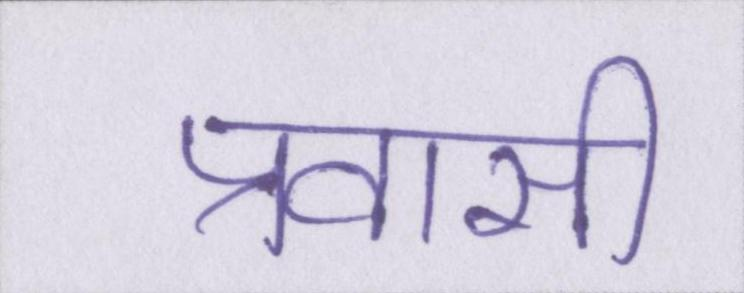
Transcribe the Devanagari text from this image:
प्रवासी